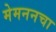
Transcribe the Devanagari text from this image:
मेमननचा